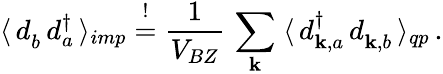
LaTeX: \langle\, d_{b}^{\phantom{\dagger}}\, d_{a}^{\dagger}\, \rangle_{imp}\overset{!}{=}\frac{1}{V_{BZ}}\, \sum_{\mathbf{k}}\; \langle\, d_{\mathbf{k},a}^{\dagger}\, d_{\mathbf{k},b}^{\phantom{\dagger}}\, \rangle_{qp}\, .